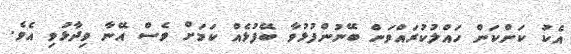
އެކު ކަންކަން ހައްލުކުރައްވަން ބޭނުންފުޅުވާ ބޭފުޅެއް ކަމަށް ވެސް އޭނާ ވިދާޅުވި އެވެ.